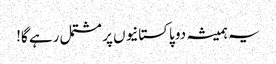
یہ ہمیشہ دو پاکستانیوں پر مشتمل رہے گا!